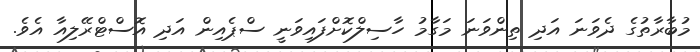
މުބާރާތުގެ ދެވަނަ އަދި ތިންވަނަ މަގާމު ހާސިލްކޮށްފައިވަނީ ސްޕެއިން އަދި އޮސްޓްރޭލިއާ އެވެ.